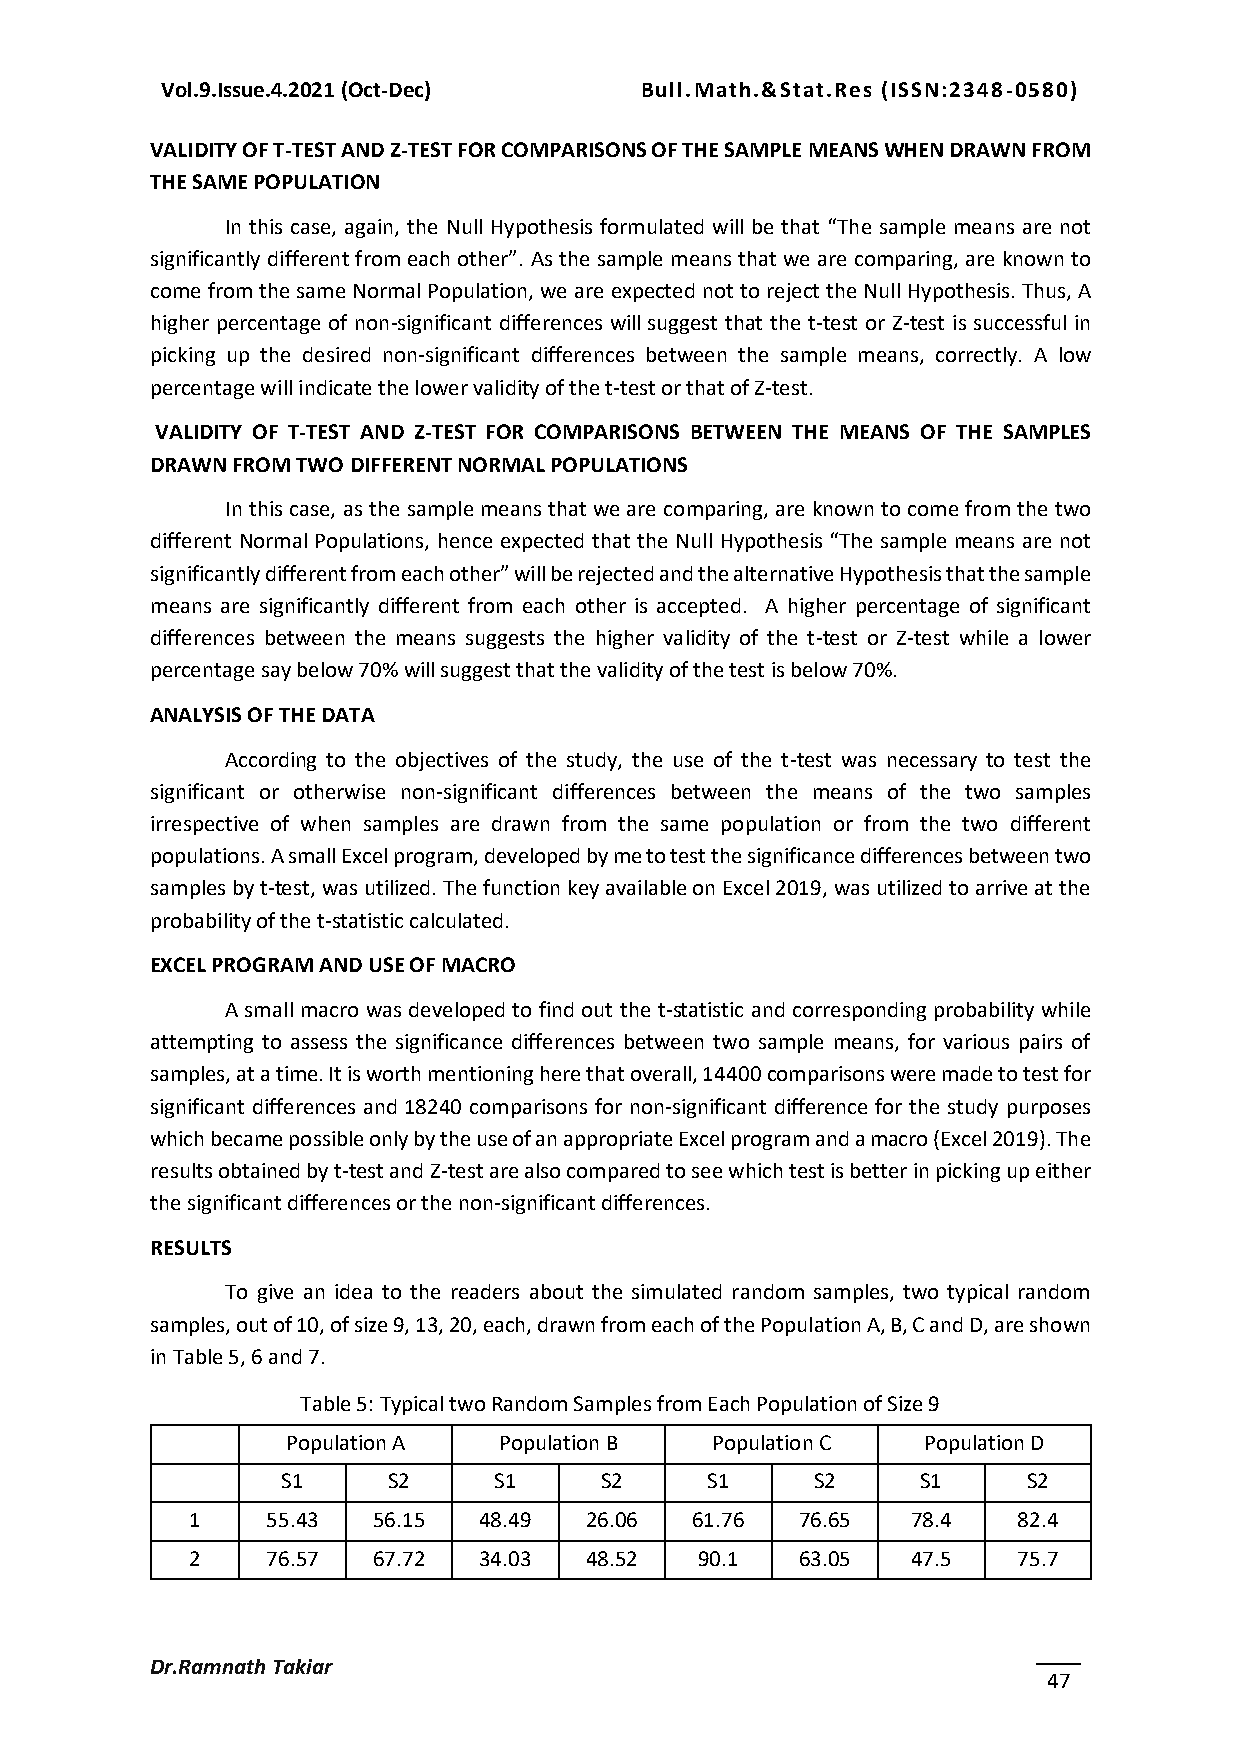
Vol.9.Issue.4.2021 (Oct-Dec)   Bull.Math.&Stat.Res (ISSN:2348-0580)
 VALIDITY OF T-TEST AND Z-TEST FOR COMPARISONS OF THE SAMPLE MEANS WHEN DRAWN FROM
 THE SAME POPULATION
 In this case, again, the Null Hypothesis formulated will be that “The sample means are not
 significantly different from each other”. As the sample means that we are comparing, are known to
 come from the same Normal Population, we are expected not to reject the Null Hypothesis. Thus, A
 higher percentage of non-significant differences will suggest that the t-test or Z-test is successful in
 picking up the desired non-significant differences between the sample means, correctly. A low
 percentage will indicate the lower validity of the t-test or that of Z-test.
 VALIDITY OF T-TEST AND Z-TEST FOR COMPARISONS BETWEEN THE MEANS OF THE SAMPLES
 DRAWN FROM TWO DIFFERENT NORMAL POPULATIONS
 In this case, as the sample means that we are comparing, are known to come from the two
 different Normal Populations, hence expected that the Null Hypothesis “The sample means are not
 significantly different from each other” will be rejected and the alternative Hypothesis that the sample
 means are significantly different from each other is accepted. A higher percentage of significant
 differences between the means suggests the higher validity of the t-test or Z-test while a lower
 percentage say below 70% will suggest that the validity of the test is below 70%.
 ANALYSIS OF THE DATA
 According to the objectives of the study, the use of the t-test was necessary to test the
 significant or otherwise non-significant differences between the means of the two samples
 irrespective of when samples are drawn from the same population or from the two different
 populations. A small Excel program, developed by me to test the significance differences between two
 samples by t-test, was utilized. The function key available on Excel 2019, was utilized to arrive at the
 probability of the t-statistic calculated.
 EXCEL PROGRAM AND USE OF MACRO
 A small macro was developed to find out the t-statistic and corresponding probability while
 attempting to assess the significance differences between two sample means, for various pairs of
 samples, at a time. It is worth mentioning here that overall, 14400 comparisons were made to test for
 significant differences and 18240 comparisons for non-significant difference for the study purposes
 which became possible only by the use of an appropriate Excel program and a macro (Excel 2019). The
 results obtained by t-test and Z-test are also compared to see which test is better in picking up either
 the significant differences or the non-significant differences.
 RESULTS
 To give an idea to the readers about the simulated random samples, two typical random
 samples, out of 10, of size 9, 13, 20, each, drawn from each of the Population A, B, C and D, are shown
 in Table 5, 6 and 7.
 Table 5: Typical two Random Samples from Each Population of Size 9
 Population A  Population B  Population C  Population D
 S1     S2     S1     S2     S1     S2     S1     S2
 1    55.43  56.15  48.49  26.06  61.76  76.65  78.4   82.4
 2    76.57  67.72  34.03  48.52  90.1   63.05  47.5   75.7
 Dr.Ramnath Takiar
 47